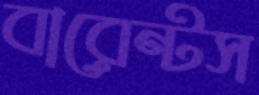
বারেন্টস